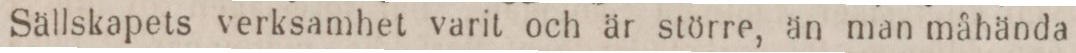
Sällskapets verksamhet varit och är större, än man måhända